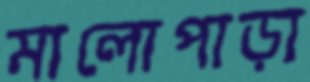
মালোপাড়া